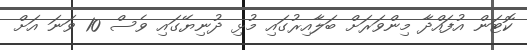
ކޮޓަން އުފައްދާ މިންވަރަށް ބަލާއިރުގައި މުޅި ދުނިޔޭގައި ވެސް 10 ވަނަ އަށް